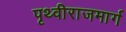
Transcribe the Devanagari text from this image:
पृथ्वीराजमार्ग